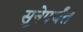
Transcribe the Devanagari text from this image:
सुूनेपर्यंत